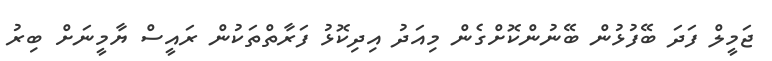
ޖަމީލް ފަދަ ބޭފުޅުން ބޭނުންކޮށްގެން މިއަދު އިދިކޮޅު ފަރާތްތަކުން ރައީސް ޔާމީނަށް ބިރު